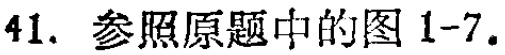
41. 参照原题中的图 1-7.